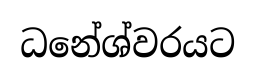
ධනේශ්වරයට